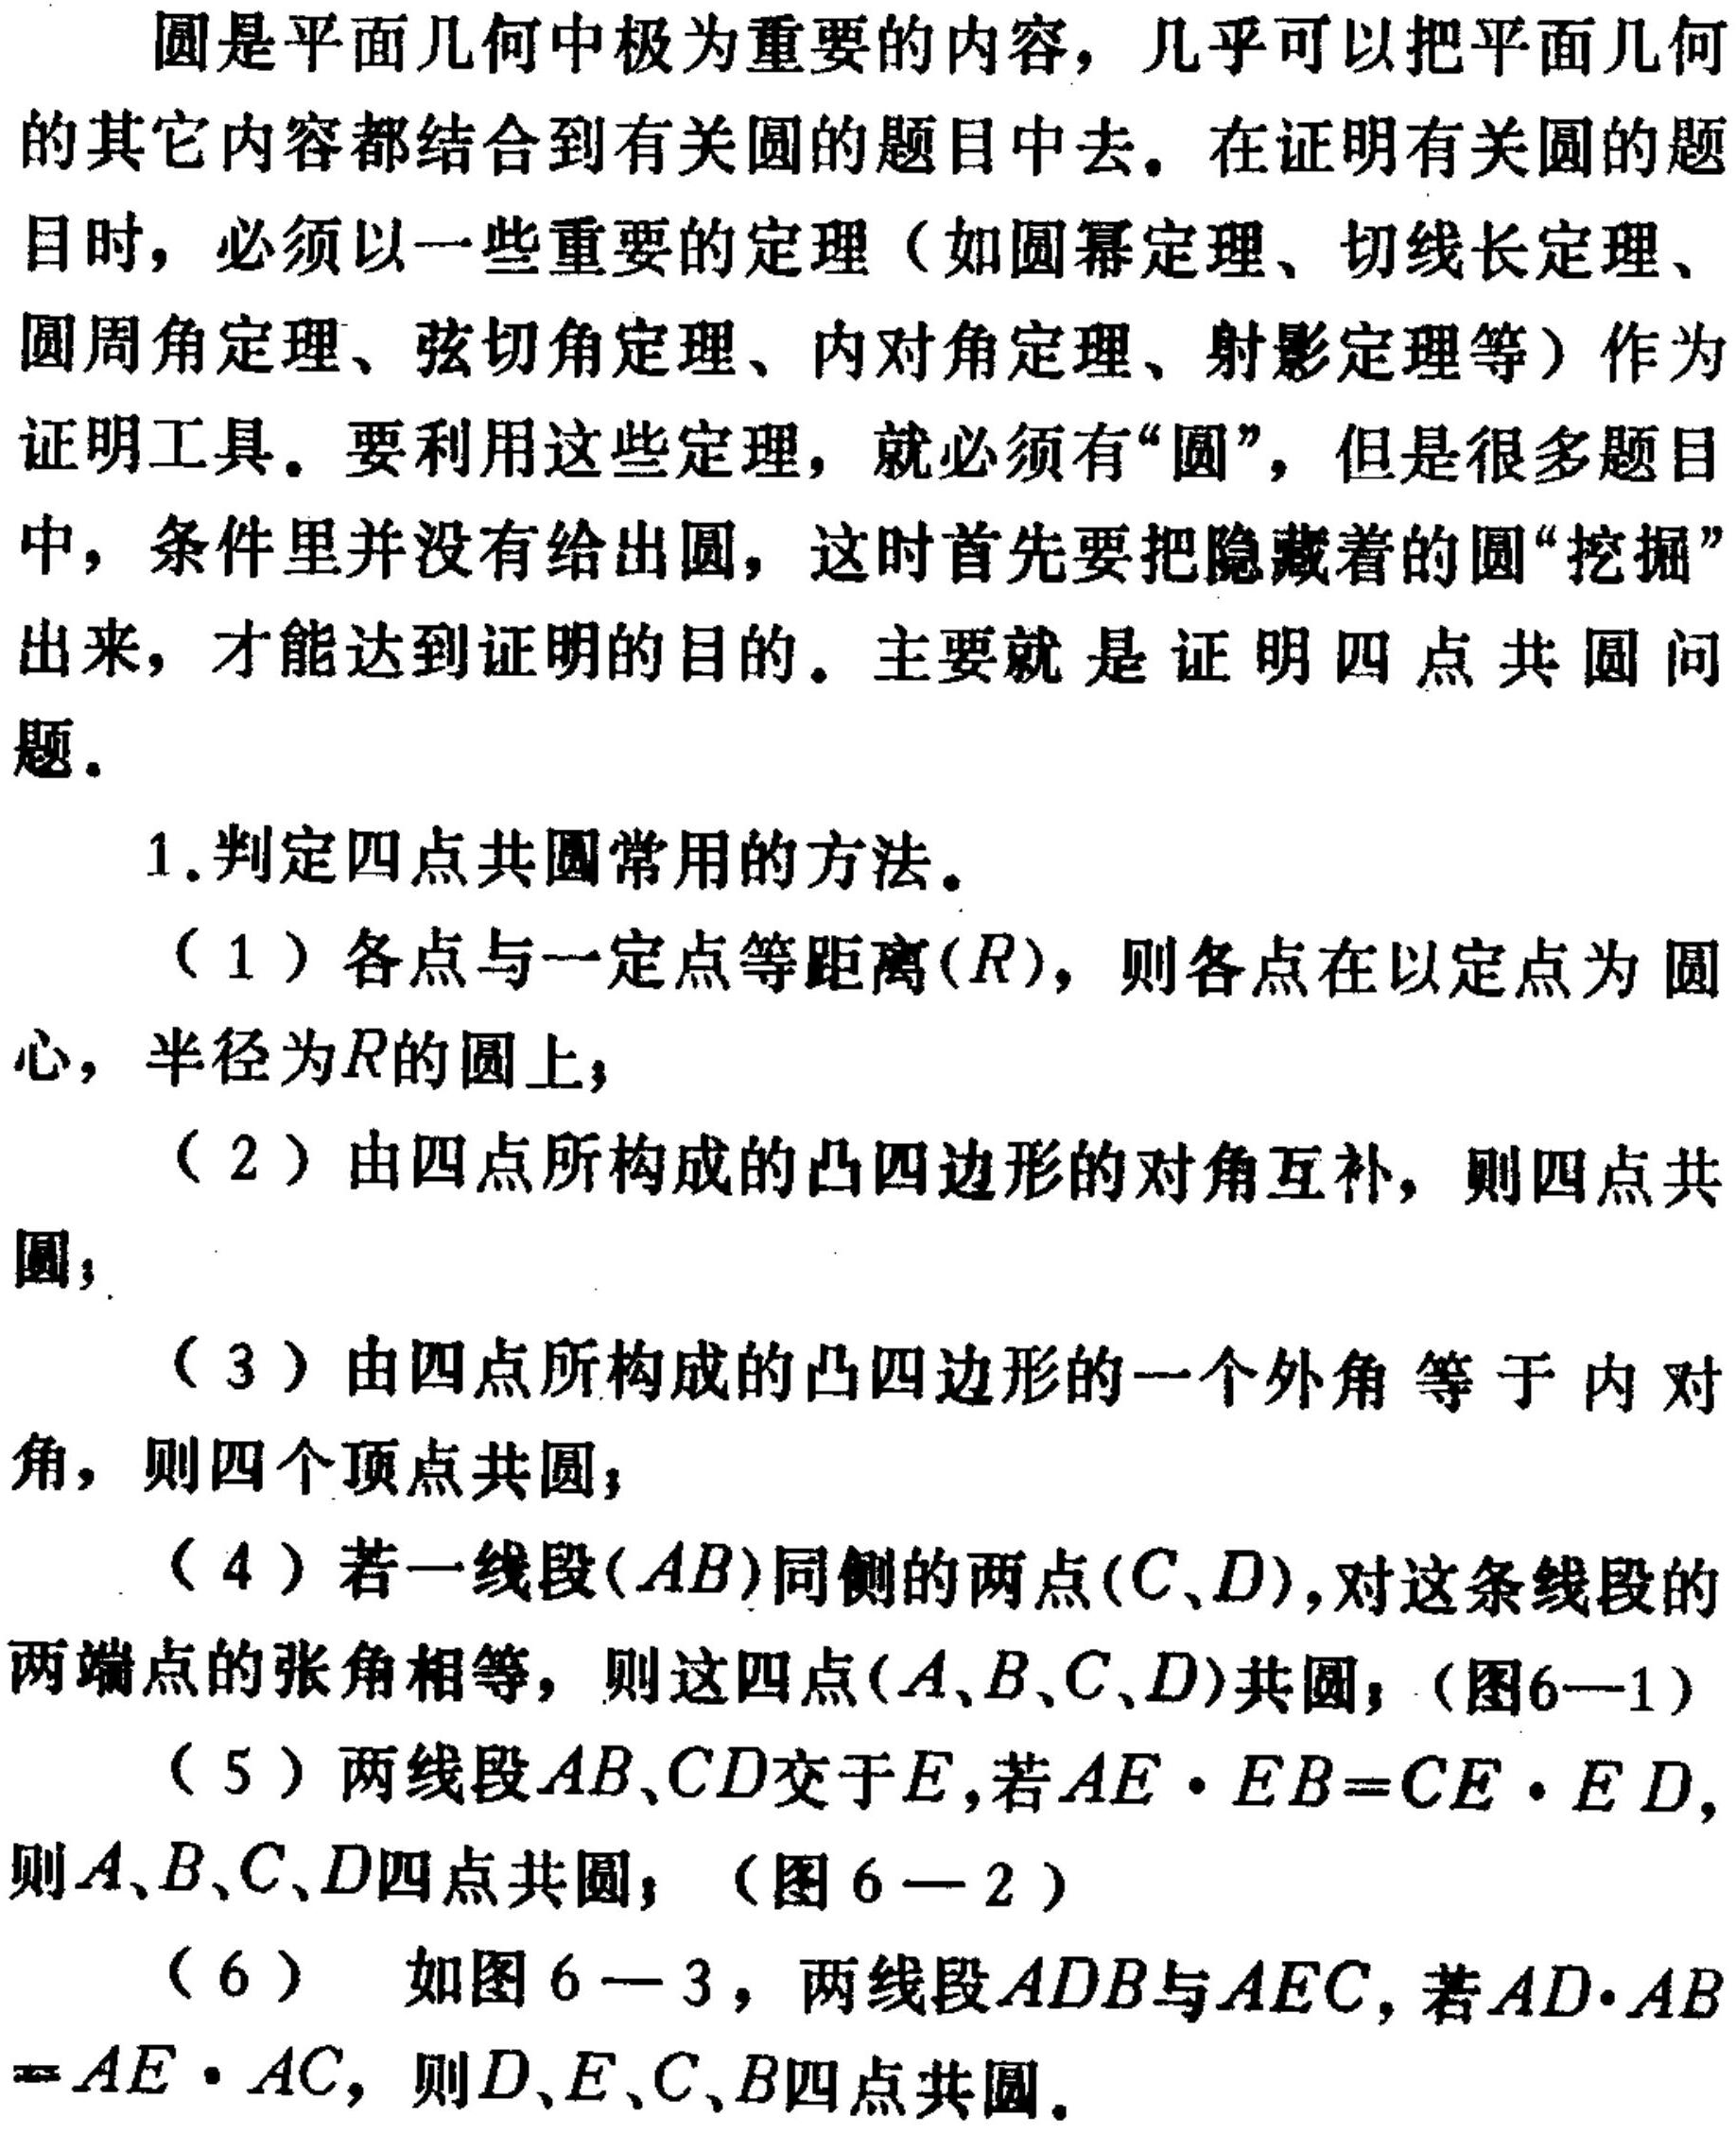
圆是平面几何中极为重要的内容，几乎可以把平面几何
的其它内容都结合到有关圆的题目中去。在证明有关圆的题
目时，必须以一些重要的定理（如圆幂定理、切线长定理、
圆周角定理、弦切角定理、内对角定理、射影定理等）作为
证明工具。要利用这些定理，就必须有“圆”，但是很多题目
中，条件里并没有给出圆，这时首先要把隐藏着的圆“挖掘
出来，才能达到证明的目的。主要就是证明四点共圆问
题。
1.判定四点共圆常用的方法。
（1）各点与一定点等距离\((R)\)，则各点在以定点为圆
心，半径为\(R\)的圆上；
（2）由四点所构成的凸四边形的对角互补，则四点共
圆；
（3）由四点所构成的凸四边形的一个外角等于内对
角，则四个顶点共圆；
（4）若一线段\((AB)\)同侧的两点\((C、D)\)，对这条线段的
两端点的张角相等，则这四点\((A、B、C、D)\)共圆；（图6—1）
（5）两线段\(AB、CD\)交于\(E\)，若\(AE\cdot EB = CE\cdot ED\)，
则\(A、B、C、D\)四点共圆；（图6—2）
（6） 如图6—3，两线段\(ADB\)与\(AEC\)，若\(AD\cdot AB\)
\(=AE\cdot AC\)，则\(D、E、C、B\)四点共圆。